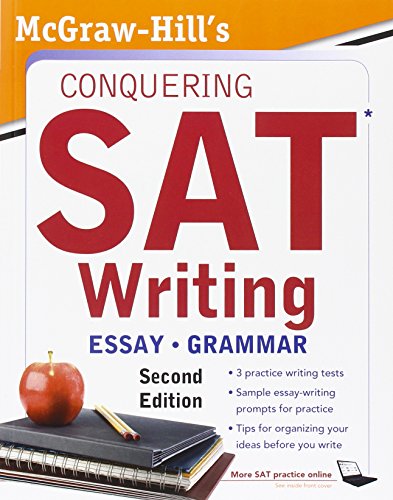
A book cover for McGraw-Hill's Conquering SAT Writing, Second Edition (5 Steps to a 5 on the Advanced Placement Examinations); Christopher Black; Test Preparation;